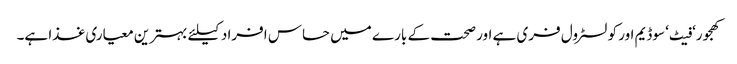
کھجور‘ فیٹ‘ سوڈیم اور کولسٹرول فری ہے اور صحت کے بارے میں حساس افراد کیلئے بہترین معیاری غذا ہے۔